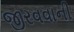
જીરવવાની